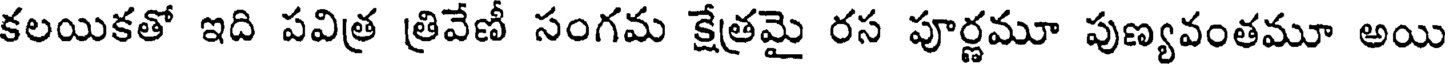
కలయికతో ఇది పవిత్ర త్రివేణీ సంగమ క్షేత్రమై రస పూర్ణమూ పుణ్యవంతమూ అయి